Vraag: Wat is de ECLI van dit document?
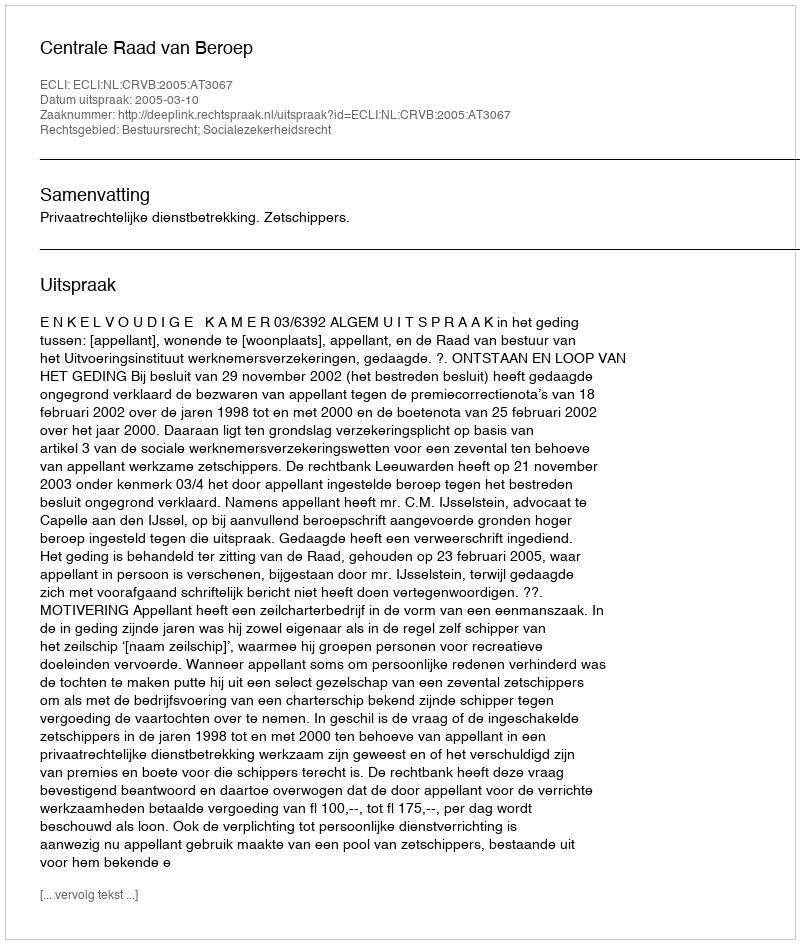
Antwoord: ECLI:NL:CRVB:2005:AT3067